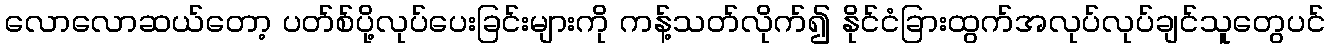
လောလောဆယ်တော့ ပတ်စ်ပို့လုပ်ပေးခြင်းများကို ကန့်သတ်လိုက်၍ နိုင်ငံခြားထွက်အလုပ်လုပ်ချင်သူတွေပင်